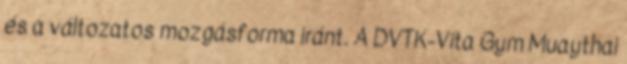
és a változatos mozgásforma iránt. A DVTK-Vita Gym Muaythai